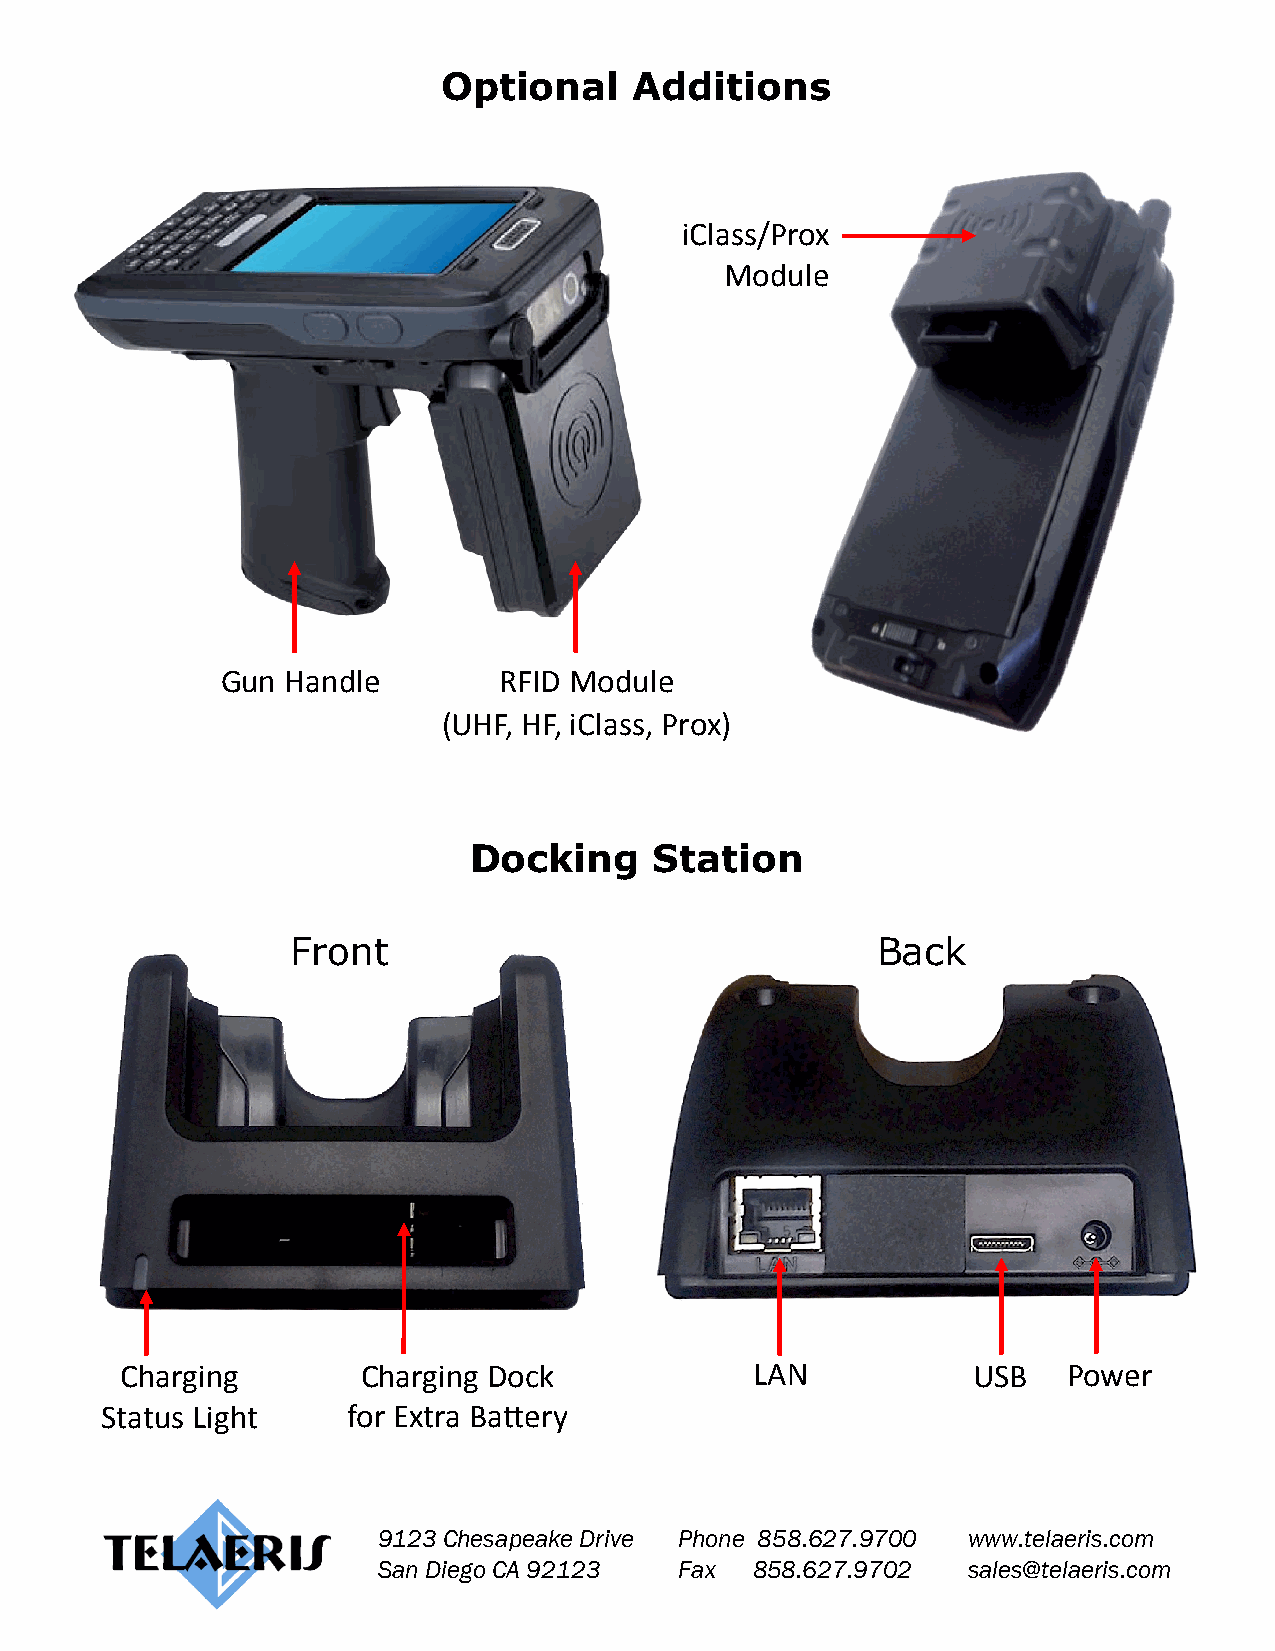
Optional     Additions
 iClass/Prox
 Module
 Gun Handle        RFID Module
 (UHF, HF, iClass, Prox)
 Docking     Station
 Front                                  Back
 Charging        Charging Dock             LAN           USB    Power
 Status Light    for Extra Battery
 9123 Chesapeake Drive Phone 858.627.9700 www.telaeris.com
 San Diego CA 92123  Fax  858.627.9702  sales@telaeris.com